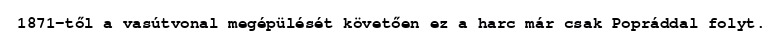
1871-től a vasútvonal megépülését követően ez a harc már csak Popráddal folyt.